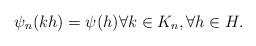
LaTeX: \begin{align*}\psi_n(kh) = \psi(h) \forall k \in K_n, \forall h \in H.\end{align*}